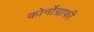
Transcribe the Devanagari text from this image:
कोर्नोग्राफी